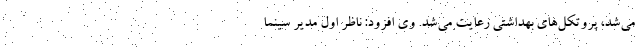
می‌شد، پروتکل‌های بهداشتی رعایت می‌شد. وی افزود: ناظر اول مدیر سینما